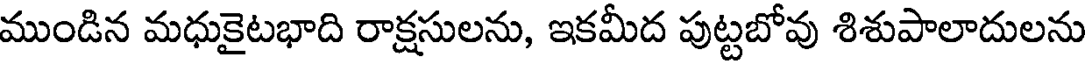
ముండిన మధుకైటభాది రాక్షసులను, ఇకమీద పుట్టబోవు శిశుపాలాదులను